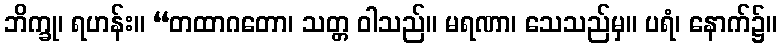
ဘိက္ခု၊ ရဟန်း။ “တထာဂတော၊ သတ္တ ဝါသည်။ မရဏာ၊ သေသည်မှ။ ပရံ၊ နောက်၌။